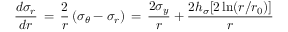
\frac { d \sigma _ { r } } { d r } \, = \, \frac { 2 } { r } \left( \sigma _ { \theta } - \sigma _ { r } \right) \, = \, \frac { 2 \sigma _ { y } } { r } + \frac { 2 h _ { \sigma } [ 2 \ln ( r / r _ { 0 } ) ] } { r }